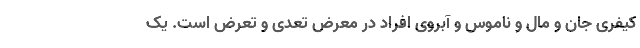
کیفری جان و مال و ناموس و آبروی افراد در معرض تعدی و تعرض است. یک